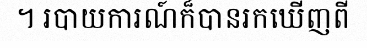
។ របាយការណ៍ក៏បានរកឃើញពី